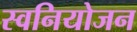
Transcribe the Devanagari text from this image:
स्वनियोजन